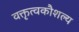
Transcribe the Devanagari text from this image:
वक्तृत्वकौशल्य